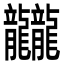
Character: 龖